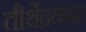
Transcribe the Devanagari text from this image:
तीर्थेद्रनगर